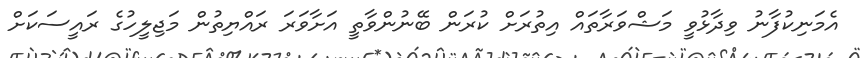
އެމަނިކުފާނު ވިދާޅުވީ މަޝްވަރާތައް އިތުރަށް ކުރަން ބޭނުންވާތީ އަށާވަރަ ރައްޔިތުން މަޖިލީހުގެ ރައީސަކަށް